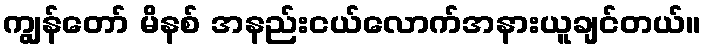
ကျွန်တော် မိနစ် အနည်းငယ်လောက်အနားယူချင်တယ်။